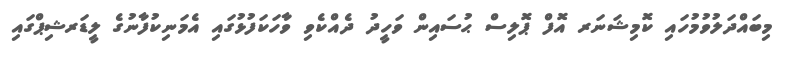
މިބައްދަލުވުމުހައި ކޮމިޝަނަރ އޮފް ޕޮލިސް ޙުސައިން ވަހީދު ދެއްކެވި ވާހަކަފުޅުގައި އެމަނިކުފާނުގެ ލީޑަރޝިޕްގައި